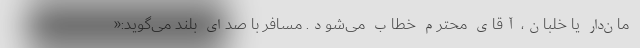
مان‌دار یا خلبان، آقای محترم خطاب می‌شود. مسافر با صدای بلند می‌گوید:«